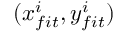
( x _ { f i t } ^ { i } , y _ { f i t } ^ { i } )